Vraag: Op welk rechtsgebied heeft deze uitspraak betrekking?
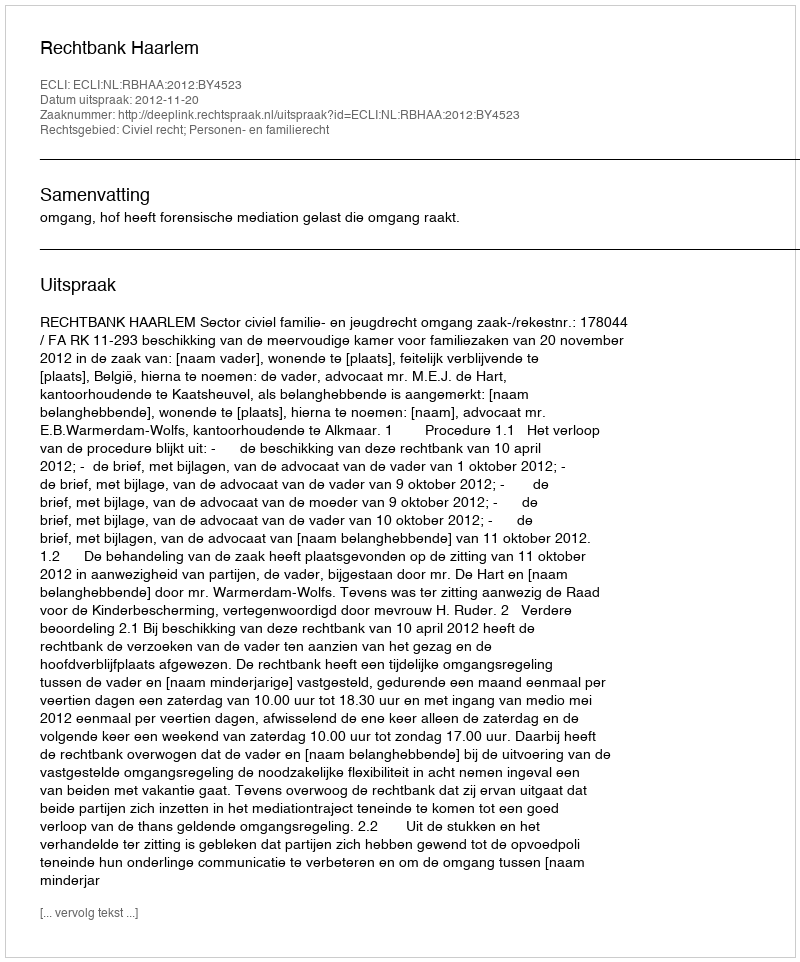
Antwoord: Civiel recht; Personen- en familierecht